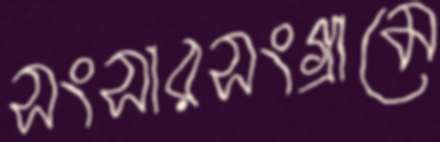
সংসারসংগ্রামে